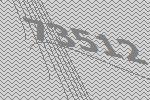
73512